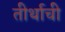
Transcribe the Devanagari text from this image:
तीर्थाची